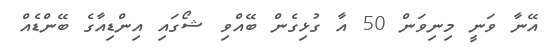
އޭނާ ވަނީ މިނިވަން 50 އާ ގުޅިގެން ބޭއްވި ޝޯގައި އިންޑިއާގެ ބޭންޑެއް